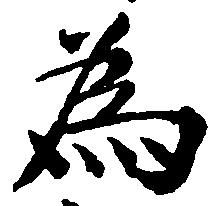
為